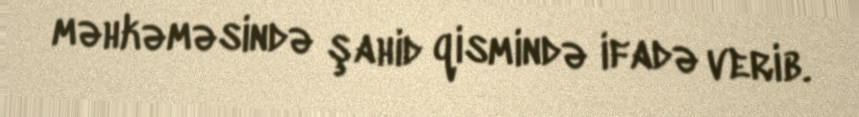
məhkəməsində şahid qismində ifadə verib.